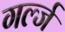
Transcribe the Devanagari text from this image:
गर्ल्‍ज